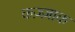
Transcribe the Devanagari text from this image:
कज़्ज़ाक